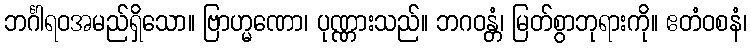
ဘင်္ဂါရဝအမည်ရှိသော။ ဗြာဟ္မဏော၊ ပုဏ္ဏားသည်။ ဘဂဝန္တံ၊ မြတ်စွာဘုရားကို။ ဧတံဝစနံ၊